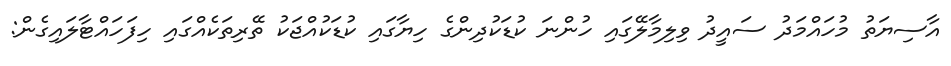
އާސިޔަތު މުހައްމަދު ސައީދު ވިލިމާލޭގައި ހުންނަ ކުޑަކުދިންގެ ހިޔާގައި ކުޑަކުއްޖަކު ތޭރިތަކެއްގައި ހިފަހައްޓާލައިގެން: